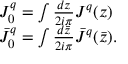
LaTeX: \begin{array} { l c r } { { J _ { 0 } ^ { q } = \int { \frac { d z } { 2 i \pi } } J ^ { q } ( z ) } } \\ { { \bar { J } _ { 0 } ^ { q } = \int { \frac { d { \bar { z } } } { 2 i \pi } } { \bar { J } } ^ { q } ( \bar { z } ) . } } \end{array}